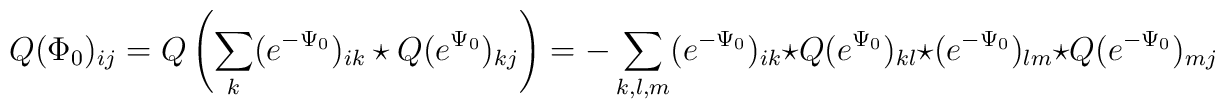
Q(\Phi_0)_{ij}=Q\left(\sum_k(e^{-\Psi_0})_{ik}\star Q(e^{\Psi_0})_{kj}\right)=-\sum_{k,l,m}(e^{-\Psi_0})_{ik}\star Q(e^{\Psi_0})_{kl}\star (e^{-\Psi_0})_{lm}\star Q(e^{-\Psi_0})_{mj}